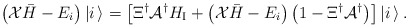
\begin{align*}\left({\cal X}{\bar H}-E_i\right)|i\,\rangle=\left[\Xi^{\dagger}{\cal A}^{\dagger}H_{\mbox{\scriptsize I}}+\left({\cal X}{\bar H}-E_i\right)\left(1-\Xi^{\dagger}{\cal A}^{\dagger}\right)\right]|i\,\rangle\,.\end{align*}